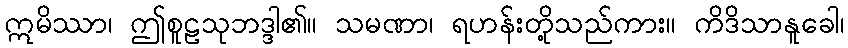
ဣမိဿာ၊ ဤစူဠသုဘဒ္ဒါ၏။ သမဏာ၊ ရဟန်းတို့သည်ကား။ ကိဒိသာနူခေါ၊